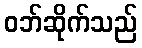
ဝဘ်ဆိုက်သည်